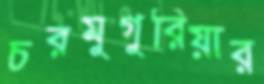
চরমুগুরিয়ার